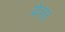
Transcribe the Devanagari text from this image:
य्रेतात